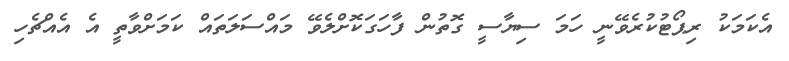
އެކަމަކު ރިޕޯޓުކުރެވޭނީ ހަމަ ސިޔާސީ ގޮތުން ފާހަގަކޮށްލެވޭ މައްސަލަތައް ކަމަށްވާތީ އެ އެއްޗެހި